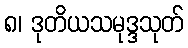
၈၊ ဒုတိယသမုဒ္ဒသုတ်